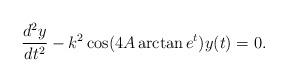
LaTeX: \begin{align*}\frac{d^2y}{d t^2}-k^2\cos(4A\arctan e^t)y(t)=0.\end{align*}